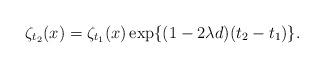
LaTeX: \begin{align*}\zeta_{t_2}(x)=\zeta_{t_1}(x)\exp\{(1-2\lambda d)(t_2-t_1)\}.\end{align*}